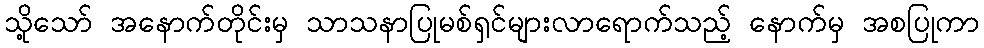
သို့သော် အနောက်တိုင်းမှ သာသနာပြုမစ်ရှင်များလာရောက်သည့် နောက်မှ အစပြုကာ